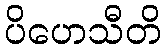
ပိဟေသီတိ